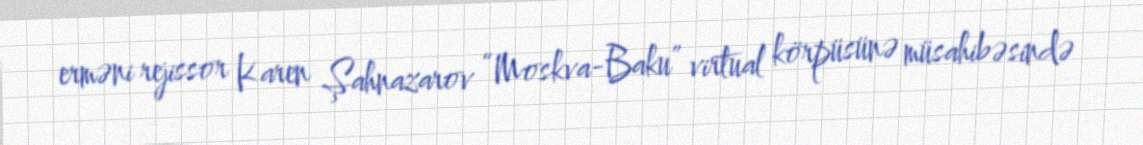
erməni rejissor Karen Şahnazarov “Moskva-Baku” virtual körpüsünə müsahibəsində